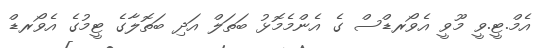
އެމް.ޓީ.ވީ މޫވީ އެވޯރޑްސް ގެ އެންމެމޮޅު ބަތަލް އަދި ބަތޮލާގެ ޓީމުގެ އެވޯރޑް